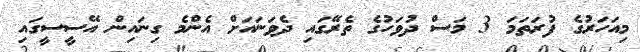
މިއަހަރުގެ ފުރަތަމަ 3 މަސް ދުވަހުގެ ތެރޭގައި ދެވަނައަށް އެންމެ ގިނައިން އޭސީސީގައި